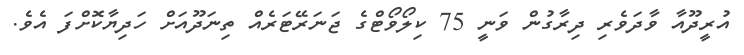
އުރީދޫއާ ވާދަވެރި ދިރާގުން ވަނީ 75 ކިލޯވޯޓްގެ ޖަނަރޭޓަރެއް ތިނަދޫއަށް ހަދިޔާކޮށްފަ އެވެ.